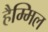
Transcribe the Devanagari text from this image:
हैम्मिल